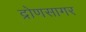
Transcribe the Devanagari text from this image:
द्रोणसागर